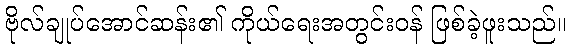
ဗိုလ်ချုပ်အောင်ဆန်း၏ ကိုယ်ရေးအတွင်းဝန် ဖြစ်ခဲ့ဖူးသည်။